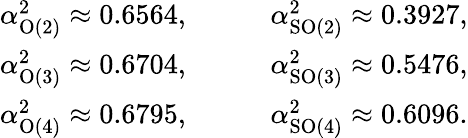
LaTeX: \begin{array}{rl}{\alpha_{\mathrm{O}(2)}^{2}\approx 0.6564,}&{\qquad\alpha_{\mathrm{SO}(2)}^{2}\approx 0.3927,}\\ {\alpha_{\mathrm{O}(3)}^{2}\approx 0.6704,}&{\qquad\alpha_{\mathrm{SO}(3)}^{2}\approx 0.5476,}\\ {\alpha_{\mathrm{O}(4)}^{2}\approx 0.6795,}&{\qquad\alpha_{\mathrm{SO}(4)}^{2}\approx 0.6096.}\end{array}